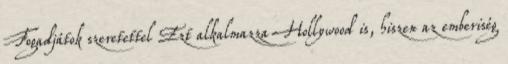
Fogadjátok szeretettel Ezt alkalmazza Hollywood is, hiszen az emberiség